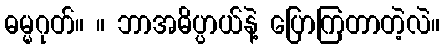
ဓမ္မဂုတ်။ ။ ဘာအဓိပ္ပာယ်နဲ့ ပြောကြတာတဲ့လဲ။